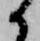
候